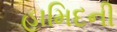
હામિદની